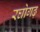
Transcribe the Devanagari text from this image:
रघोगढ़